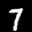
Label: 7